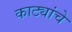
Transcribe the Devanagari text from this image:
काट्यांचे